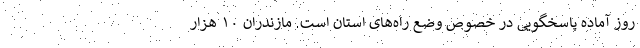
روز آماده پاسخگویی در خصوص وضع راه‌های استان است. مازندران ۱۰ هزار